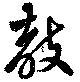
教